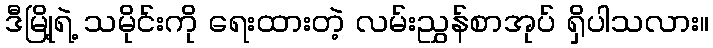
ဒီမြို့ရဲ့ သမိုင်းကို ရေးထားတဲ့ လမ်းညွှန်စာအုပ် ရှိပါသလား။